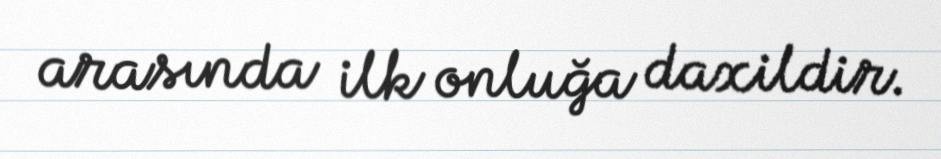
arasında ilk onluğa daxildir.